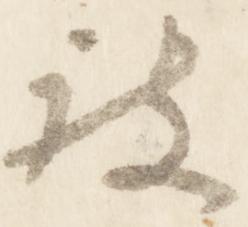
被